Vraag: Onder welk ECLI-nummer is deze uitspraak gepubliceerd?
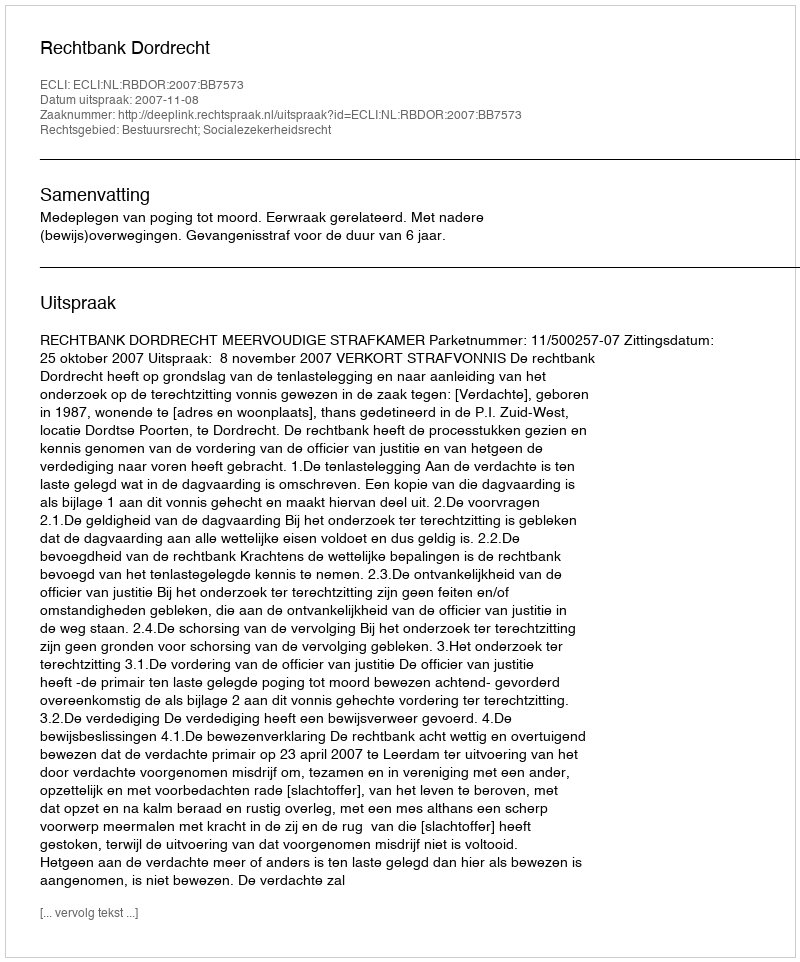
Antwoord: ECLI:NL:RBDOR:2007:BB7573